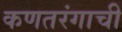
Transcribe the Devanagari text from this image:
कणतरंगाची